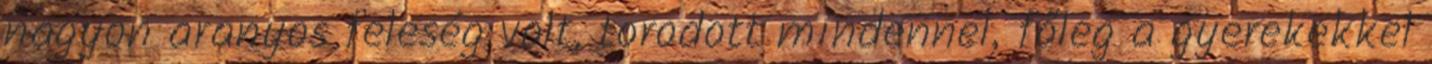
nagyon aranyos feleség volt, torodott mindennel, főleg a gyerekekkel